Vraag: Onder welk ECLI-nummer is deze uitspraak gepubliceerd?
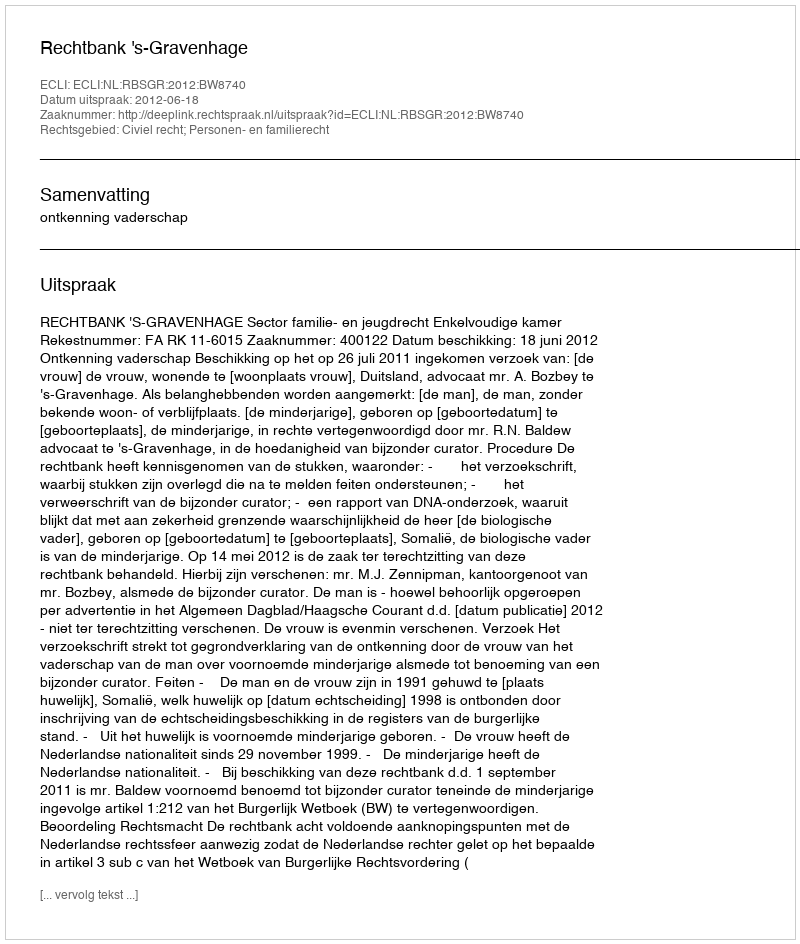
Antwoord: ECLI:NL:RBSGR:2012:BW8740